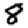
Digit: 8